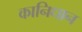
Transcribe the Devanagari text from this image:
कानिधान